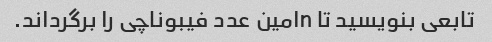
تابعی بنویسید تا nامین عدد فیبوناچی را برگرداند.